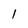
Character: 1